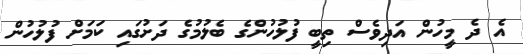
އެ ދެ މީހުން އަދިވެސް ތިބީ ފުލުހުންގެ ބެލުމުގެ ދަށުގައި ކަމަށް ފުލުހުން